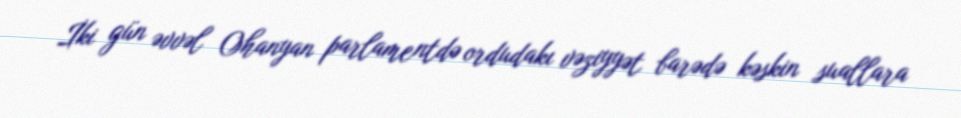
İki gün əvvəl Ohanyan parlamentdə ordudakı vəziyyət barədə kəskin suallara